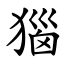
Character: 㺁